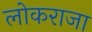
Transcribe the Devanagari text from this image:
लोकराजा